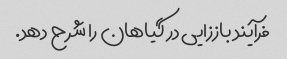
فرآیند باززایی در گیاهان را شرح دهد.